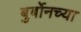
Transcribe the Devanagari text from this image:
बुर्बोनच्या